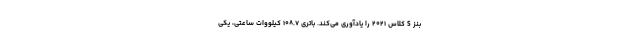
بنز S کلاس ۲۰۲۱ را یادآوری می‌کند. باتری ۱۰۸.۷ کیلووات ساعتی، یکی